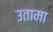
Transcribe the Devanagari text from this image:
उतामा